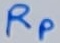
Text: RP